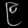
Digit: ၉